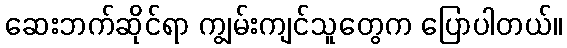
ဆေးဘက်ဆိုင်ရာ ကျွမ်းကျင်သူတွေက ပြောပါတယ်။